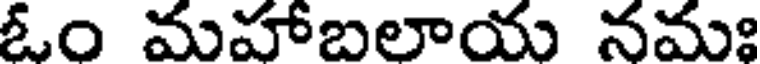
ఓం మహాబలాయ నమః